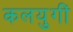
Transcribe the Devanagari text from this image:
कलयुगीं